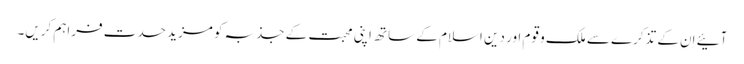
آئیے اِن کے تذکرے سے ملک و قوم اور دین اسلام کے ساتھ اپنی محبت کے جذبہ کو مزید حدت فراہم کریں۔